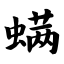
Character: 螨